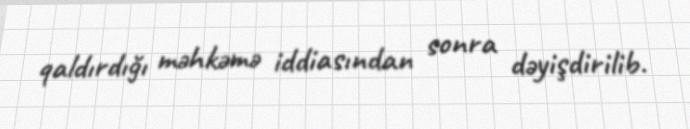
qaldırdığı məhkəmə iddiasından sonra dəyişdirilib.